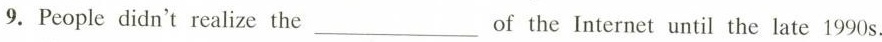
9.People didn't realize the ___ of the Internet until the late 1990s.